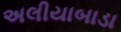
અલીયાબાડા